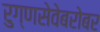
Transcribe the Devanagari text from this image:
रुग्णसेवेबरोबर